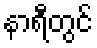
နာရီတွင်